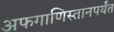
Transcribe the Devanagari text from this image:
अफगाणिस्तानपर्यंत